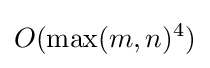
O({\text{max}}(m,n)^{4})